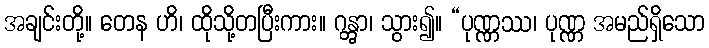
အချင်းတို့။ တေန ဟိ၊ ထိုသို့တပြီးကား။ ဂန္တွာ၊ သွား၍။ “ပုဏ္ဏဿ၊ ပုဏ္ဏ အမည်ရှိသော